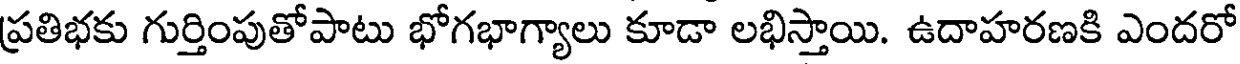
ప్రతిభకు గుర్తింపుతోపాటు భోగభాగ్యాలు కూడా లభిస్తాయి. ఉదాహరణకి ఎందరో